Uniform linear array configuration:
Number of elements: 12
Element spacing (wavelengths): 1
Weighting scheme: kaiser
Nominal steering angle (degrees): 60
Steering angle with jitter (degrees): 61.1
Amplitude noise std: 0.05
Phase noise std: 0.05

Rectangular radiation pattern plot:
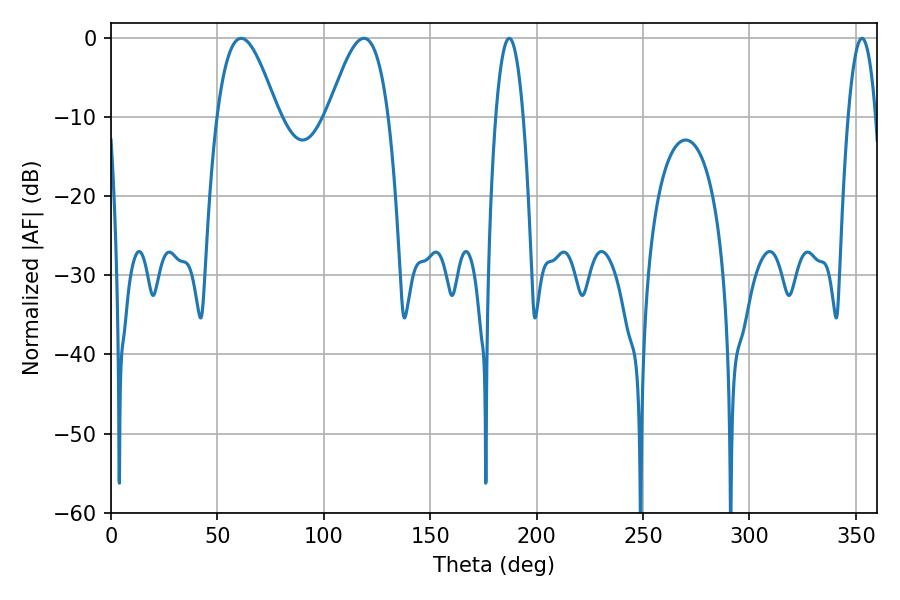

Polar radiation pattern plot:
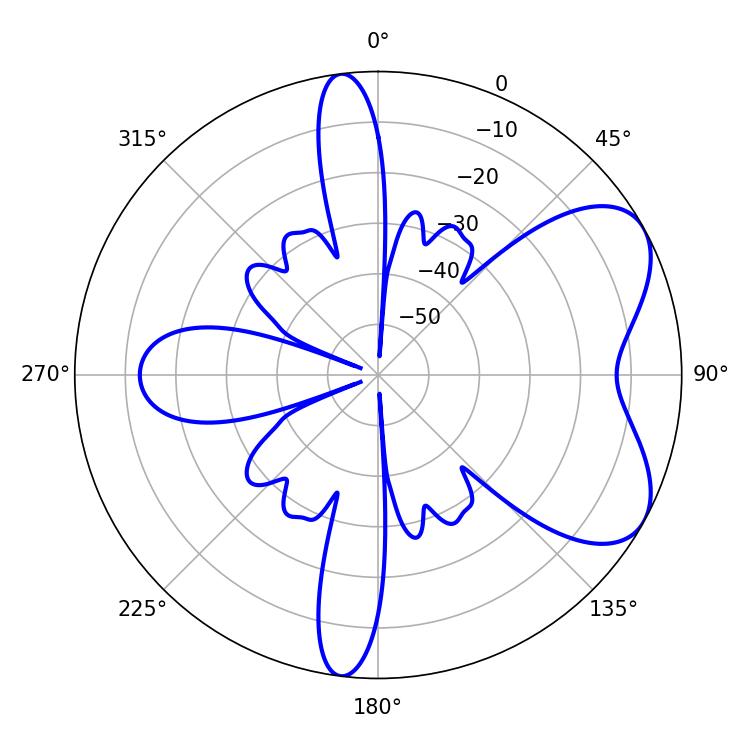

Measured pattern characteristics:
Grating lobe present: TRUE
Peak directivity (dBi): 6.144
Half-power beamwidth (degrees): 15.48
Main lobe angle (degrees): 61.2